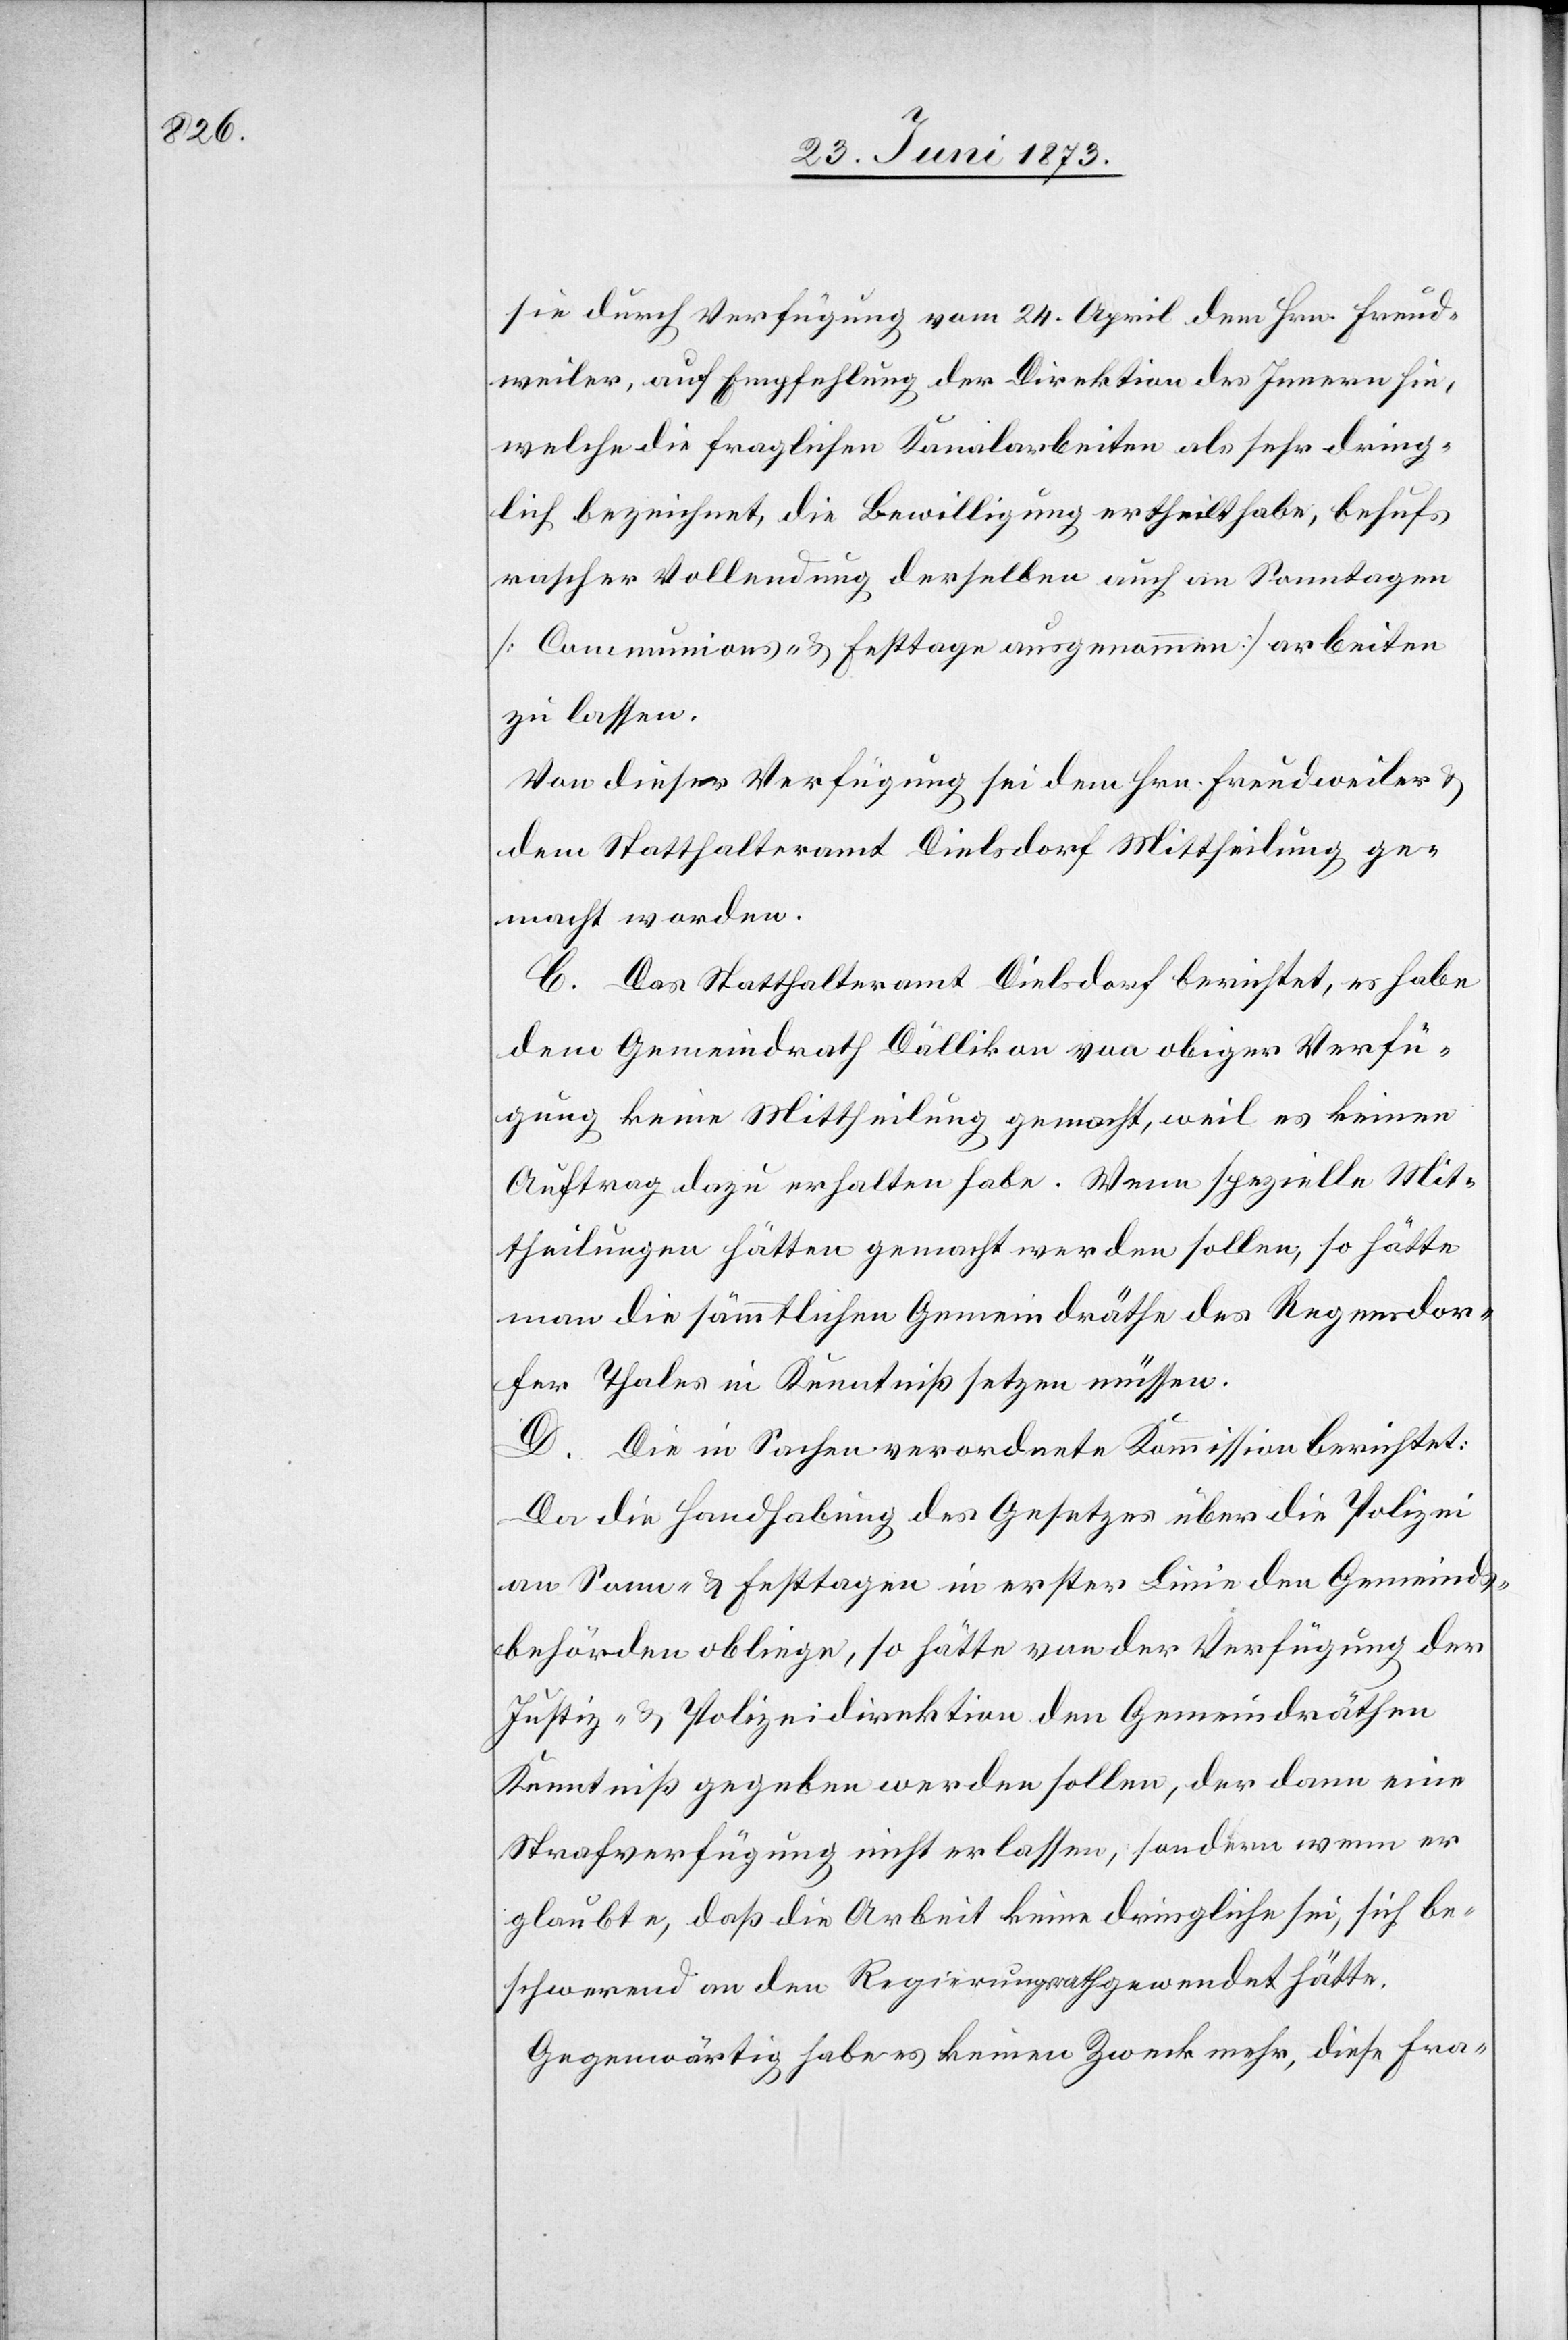
sie durch Verfügung vom 24. April dem Hrn. Freud¬
weiler, auf Empfehlung der Direktion des Innern hin,
welche die fraglichen Kanalarbeiten als sehr dring¬
lich bezeichnet, die Bewilligung ertheilt habe, behufs
rascher Vollendung derselben auch an Sonntagen
[Communions- & Festtage ausgenommen] arbeiten
zu lassen.
Von dieser Verfügung sei dem Hrn. Freudweiler &
dem Statthalteramt Dielsdorf Mittheilung ge¬
macht worden.
C. Das Statthalteramt Dielsdorf berichtet, es habe
dem Gemeindrath Dällikon von obiger Verfü¬
gung keine Mittheilung gemacht, weil es keinen
Auftrag dazu erhalten habe. Wenn spezielle Mit¬
theilungen hätten gemacht werden sollen, so hätte
man die sämmtlichen Gemeindräthe des Regensdor¬
fer Thales in Kenntniß setzen müssen.
D. Die in Sachen verordnete Kommission berichtet:
Da die Handhabung des Gesetzes über die Polizei
an Sonn- & Festtagen in erster Linie den Gemeinds¬
behörden obliege, so hätte von der Verfügung der
Justiz- & Polizeidirektion den Gemeindräthen
Kenntniß gegeben werden sollen, der dann eine
Strafverfügung nicht erlassen, sondern wenn er
glaubte, daß die Arbeit keine dringliche sei, sich be¬
schwerend an den Regierungsrath gewendet hätte.
Gegenwärtig habe es keinen Zweck mehr, diese Fra-